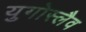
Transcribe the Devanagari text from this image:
युगोस्लैव